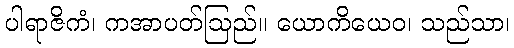
ပါရာဇိကံ၊ ကအာပတ်ဩည်။ ယောကိယေဝ၊ သည်သာ၊